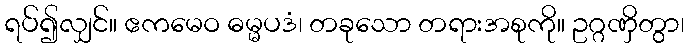
ရပ်၍လျှင်။ ဧကမေဝ ဓမ္မပဒံ၊ တခုသော တရားအစုကို။ ဥဂ္ဂဏှိတွာ၊